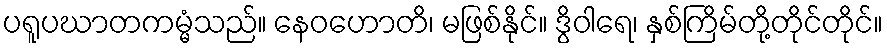
ပရူပဃာတကမ္မံသည်။ နေဝဟောတိ၊ မဖြစ်နိုင်။ ဒွိဝါရေ၊ နှစ်ကြိမ်တို့တိုင်တိုင်။